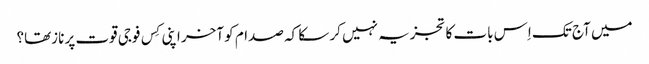
میں آج تک اِس بات کا تجزیہ نہیں کر سکا کہ صدام کو آخر اپنی کِس فوجی قوت پر نازتھا؟